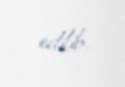
edilib.